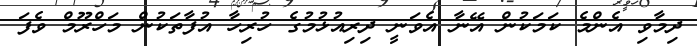
ދިމާވި އެންމެ ކަމަކުން އޭނާ އެވަނީ ދިރިއުޅުމުގެ ހުރިހާ އުފާތަކުން މަހްރޫމް ވެފަ